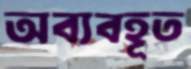
অব্যবহূত